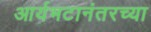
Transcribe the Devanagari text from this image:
आर्यभटानंतरच्या